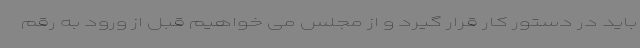
باید در دستور کار قرار گیرد و از مجلس می خواهیم قبل از ورود به رقم